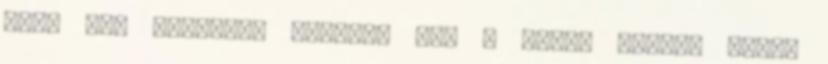
nagy itt elérhető Nagyobb kép 6 db-os ételes szett